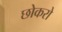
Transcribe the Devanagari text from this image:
छोकरो